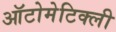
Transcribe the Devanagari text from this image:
ऑटोमेटिक्ली